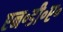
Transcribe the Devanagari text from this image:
एन॰डी॰ए॰